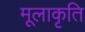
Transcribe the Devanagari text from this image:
मूलाकृति